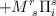
LaTeX: \begin{align*} + M^r_{~s} \Pi_i^s\end{align*}